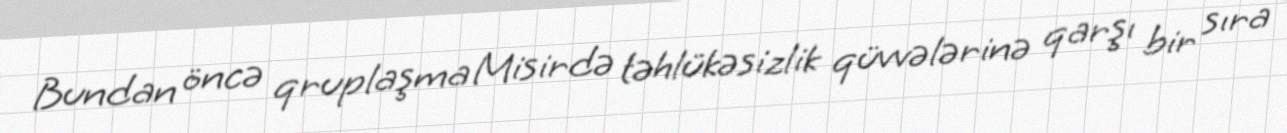
Bundan öncə qruplaşma Misirdə təhlükəsizlik qüvvələrinə qarşı bir sıra